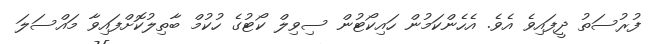
ފުރުސަތު ދީފައިވެ އެވެ. އެހެންކަމުން ހައިކޯޓުން ސިވިލް ކޯޓުގެ ހުކުމް ބާތިލުކޮށްފައިވާ މައްސަލަ